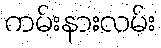
ကမ်းနားလမ်း